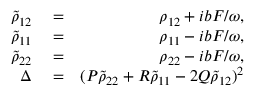
\begin{array} { r l r } { \tilde { \rho } _ { 1 2 } } & { { } = } & { \rho _ { 1 2 } + i b F / \omega , } \\ { \tilde { \rho } _ { 1 1 } } & { { } = } & { \rho _ { 1 1 } - i b F / \omega , } \\ { \tilde { \rho } _ { 2 2 } } & { { } = } & { \rho _ { 2 2 } - i b F / \omega , } \\ { \Delta } & { { } = } & { ( P \tilde { \rho } _ { 2 2 } + R \tilde { \rho } _ { 1 1 } - 2 Q \tilde { \rho } _ { 1 2 } ) ^ { 2 } } \end{array}